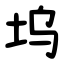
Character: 坞